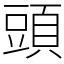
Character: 頭